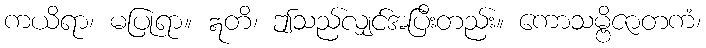
ကယိရာ၊ မပြုရာ။ ဣတိ၊ ဤသည်လျှင်အပြီးတည်း။ ကောသမ္ဗိဇာတကံ၊